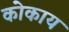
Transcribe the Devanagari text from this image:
कोकाय